Sanitation, dispensaries and jails vaccination Rajputana 1922-1927 - 1922-1927
Year: 1922
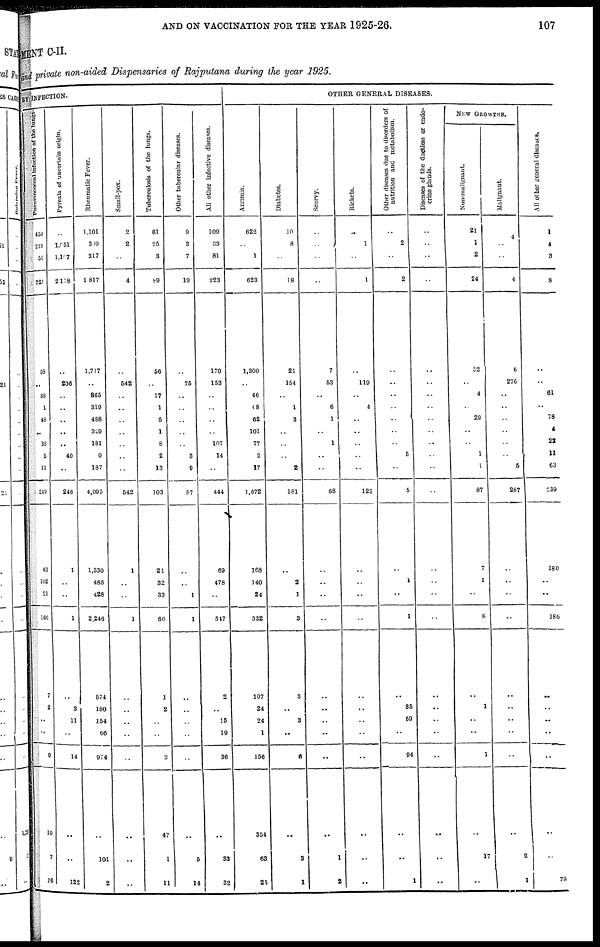
AND ON VACCINATION FOR THE YEAR 1925-26.
107
MENT C-II.
and private non-aided Dispensaries of Rajputana during the year 1925.
BY INFECTION.
Pneumococcal
Infection
of
the
lung.
453
218
51
727
58
..
88
1
48
..
38
5
11
249
43
102
21
166
7
2
..
..
9
10
7
26
Pyrexia of uncertain origin.
..
l,051
1,107
2,158
..
206
..
..
..
..
..
40
..
246
1
..
..
1
..
3
11
..
14
..
..
122
Rheumatic Fever.
1,101
309
317
1,817
1,717
..
865
319
488
329
181
9
187
4,095
1,330
488
428
2,246
574
180
154
66
974
..
101
2
Small-pox.
2
2
..
4
..
542
..
..
..
..
..
..
..
542
1
..
..
1
..
..
..
..
..
..
..
..
Tuberculosis of the lungs.
61
25
3
89
56
..
17
1
5
1
8
2
13
103
21
32
33
86
1
2
..
..
3
47
1
11
Other tubercular diseases.
9
3
7
19
..
75
..
..
..
..
..
3
9
87
..
..
1
1
..
..
..
..
..
..
5
14
All other infective diseases.
109
33
81
223
170
153
..
..
..
..
107
14
..
444
69
478
..
547
2
..
15
19
36
..
33
32
OTHER GENERAL DISEASES.
Anœmia.
622
..
1
623
1,300
..
46
68
62
101
77
2
17
1,672
168
140
24
332
107
24
24
1
156
354
63
25
Diabetes.
10
8
..
18
21
154
..
1
3
..
..
..
2
181
..
2
1
3
3
..
3
..
6
..
3
1
Scurvy.
..
..
..
..
7
53
..
6
1
..
1
..
..
68
..
..
..
..
..
..
..
..
..
..
1
2
Rickets.
..
1
..
1
..
119
..
4
..
..
..
..
..
123
..
..
..
..
..
..
..
..
..
..
..
..
Other diseases due to disorders of
nutrition and metabolism.
..
2
..
2
..
..
..
..
..
..
..
5
..
5
..
1
..
1
..
85
59
..
94
..
..
1
Diseases of the ductless or endo-
crine glands.
..
..
..
..
..
..
..
..
..
..
..
..
..
..
..
..
..
..
..
..
..
..
..
..
..
..
NEW
GROWTHS
Non-malignant.
21
1
2
24
52
..
4
..
29
..
..
1
1
87
7
1
..
8
..
1
..
..
1
..
17
..
Malignant.
4
..
..
4
6
276
..
..
..
..
..
..
5
287
..
..
..
..
..
..
..
..
..
..
2
1
All other general diseases.
1
4
3
8
..
..
61
..
78
4
22
11
63
239
180
..
..
180
..
..
..
..
..
..
..
79